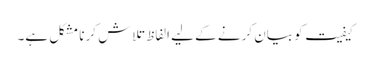
کیفیت کو بیان کرنے کے لیے الفاظ تلاش کرنا مشکل ہے۔